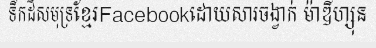
ទឹកដីសមុទ្រខ្មែរFacebookដោយសារចង្វាក់ ម៉ាឌីហ្សុន